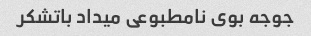
جوجه بوی نامطبوعی میداد باتشکر